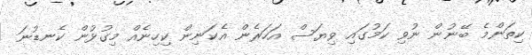
ކިތަންމެ ބޭނުން ނުވި ކަމުގައި ވިޔަސް އަހަރެން އެކަނިން ކިހިނެއް މިގުޅުން ކެނޑުނަ